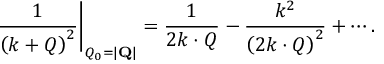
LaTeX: \left. \frac { 1 } { \left( k + Q \right) ^ { 2 } } \right| _ { Q _ { 0 } = | { \bf Q } | } = \frac { 1 } { 2 k \cdot Q } - \frac { k ^ { 2 } } { \left( 2 k \cdot Q \right) ^ { 2 } } + \cdots .